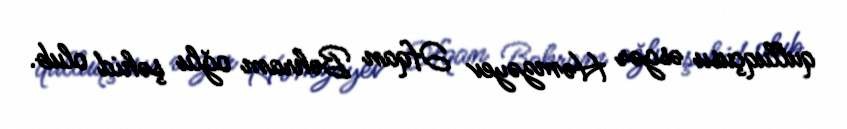
qulluqçusu əsgər Həmzəyev Əfqan Bəhram oğlu şəhid olub.